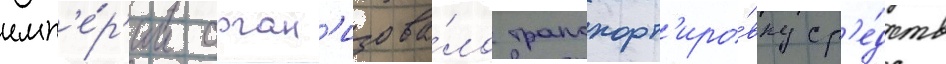
имп'е́р'ии орган'изова́ло транспорт'иро́вку ср'е́дств